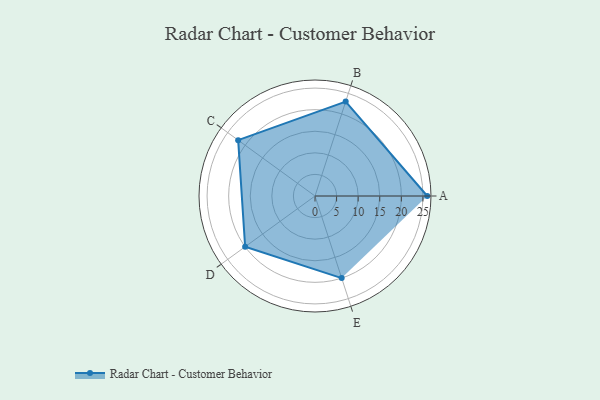
{"axis": {"x": "Skill", "y": "Score"}, "legend": ["Profile"], "data": [{"x": "A", "y": 26.0, "type": "Profile"}, {"x": "B", "y": 23.0, "type": "Profile"}, {"x": "C", "y": 22.0, "type": "Profile"}, {"x": "D", "y": 20.0, "type": "Profile"}, {"x": "E", "y": 20, "type": "Profile"}]}